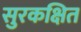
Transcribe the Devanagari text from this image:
सुरकक्षित